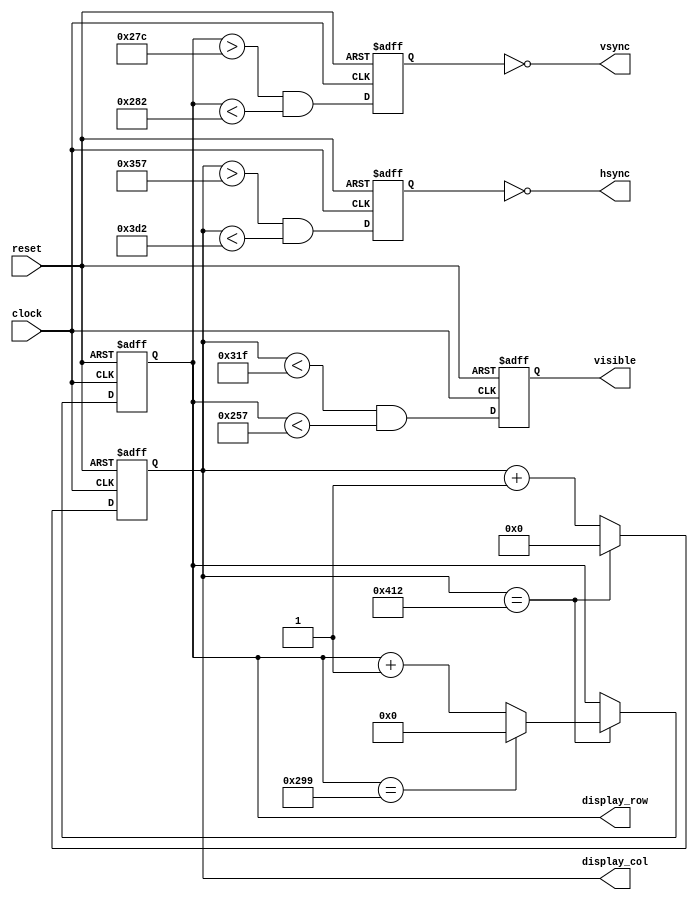

module vga_controller(clock, reset,
 display_col, display_row, visible,
 hsync, vsync);
 
 // 72 Hz 800 x 600 VGA - 50MHz clock
 parameter HOR_FIELD = 799;
 parameter HOR_STR_SYNC = 855;
 parameter HOR_STP_SYNC = 978;
 parameter HOR_TOTAL = 1042;
 parameter VER_FIELD = 599;
 parameter VER_STR_SYNC = 636;
 parameter VER_STP_SYNC = 642;
 parameter VER_TOTAL = 665;
 
 input clock;
 input reset; // reset signal
 output reg [11:0] display_col; // horizontal counter x 
 output reg [10:0] display_row; // vertical counter y 
 output reg visible; // signal visible on display
 output hsync, vsync;
 
 
 reg vga_HS, vga_VS;
 wire col_max = (display_col == HOR_TOTAL);
 wire row_max = (display_row == VER_TOTAL);
 
 always @(posedge clock or posedge reset) begin
	if (reset) begin 
		display_col <= 0;
	end else begin
		if (col_max) display_col <= 0;
		else display_col <= display_col + 1;
	end
 end
		
 always @(posedge clock or posedge reset) begin
	if (reset) begin 
		display_row <= 0;
	end else begin
		if (col_max) begin
			if(row_max) display_row <= 0;
			else display_row <= display_row + 1;
		end
	end
 end

 always @(posedge clock or posedge reset) begin
	if (reset) begin 
		vga_HS <= 1;
		vga_VS <= 1;
	end else begin
		vga_HS <= (display_col > HOR_STR_SYNC && (display_col < HOR_STP_SYNC));
		vga_VS <= (display_row > VER_STR_SYNC && (display_row < VER_STP_SYNC));
	end
 end

 always @(posedge clock or posedge reset) begin
	if (reset) begin 
		visible <= 0;
	end else begin
        visible <= (display_col < HOR_FIELD) && (display_row < VER_FIELD);
	end
 end

 assign hsync = ~vga_HS;
 assign vsync = ~vga_VS;
 
 
 
endmodule